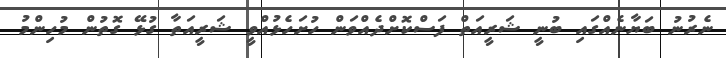
ނެރުނު ބަޔާނެއްގައި ބުނީ ޝަރީއަތް ފަސްކޮށްދެއްވަން ހުށަހެޅުއްވީ ޝަރީއަތާ ގުޅޭ ގޮތުން މުހިންމު